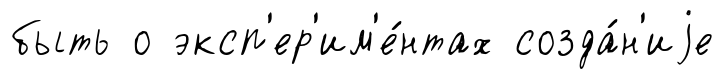
быть о эксп'ер'им'е́нтах созда́н'иjе